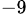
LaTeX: ^{-9}